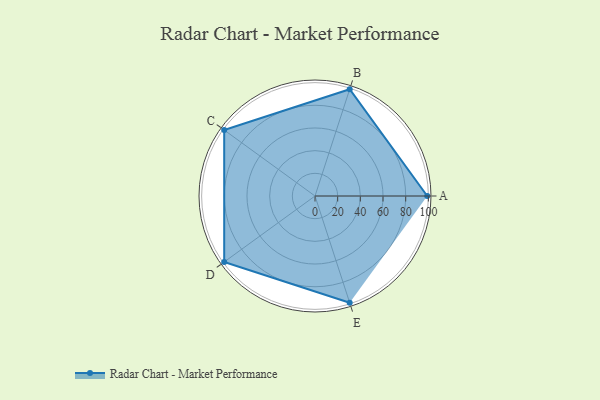
{"axis": {"x": "Skill", "y": "Score"}, "legend": ["Profile"], "data": [{"x": "A", "y": 99, "type": "Profile"}, {"x": "B", "y": 99, "type": "Profile"}, {"x": "C", "y": 99, "type": "Profile"}, {"x": "D", "y": 99, "type": "Profile"}, {"x": "E", "y": 99, "type": "Profile"}]}